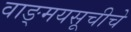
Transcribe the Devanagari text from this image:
वाङ्मयसूचीचे